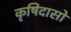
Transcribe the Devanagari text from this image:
कृषिदासों